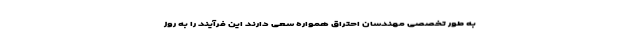
به طور تخصصی مهندسان احتراق همواره سعی دارند این فرآیند را به روز